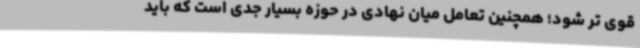
قوی تر شود؛ همچنین تعامل میان نهادی در حوزه بسیار جدی است که باید